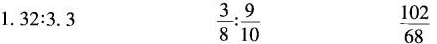
1.32:3.3 \frac{3}{8}: \frac{9}{10} \frac{102}{68}